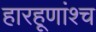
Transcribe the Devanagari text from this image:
हारहूणांश्च